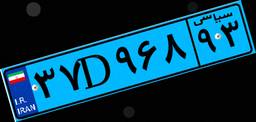
۳۶D۱۶۳۳۷